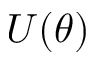
U ( \theta )